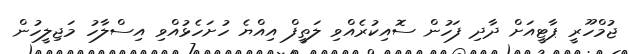
ޖުމްހޫރީ ޕާޓީއަށް ދާދި ފަހުން ސޮއިކުރެއްވި ލަތީފް އިއްޔެ ހުށަހެޅުއްވި އިސްލާހު މަޖިލީހުން